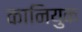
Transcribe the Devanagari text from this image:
कानियुक